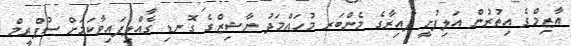
އާޒިމްގެ އިތުރުން އަލިފުށީ ދާއިރާގެ މެންބަރ މުހައްމަދު ނާޝިޒްގެ ގޮނޑި ގެއްލިފައިވާކަމަށް ސުޕްރީމް